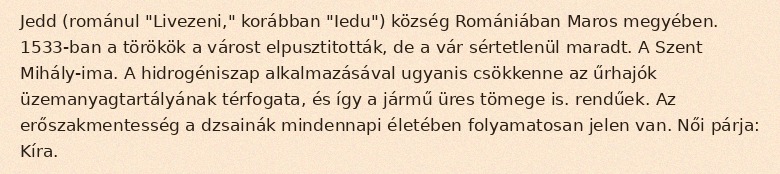
Jedd (románul "Livezeni," korábban "Iedu") község Romániában Maros megyében. 1533-ban a törökök a várost elpusztitották, de a vár sértetlenül maradt. A Szent Mihály-ima. A hidrogéniszap alkalmazásával ugyanis csökkenne az űrhajók üzemanyagtartályának térfogata, és így a jármű üres tömege is. rendűek. Az erőszakmentesség a dzsainák mindennapi életében folyamatosan jelen van. Női párja: Kíra.